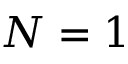
N = 1